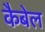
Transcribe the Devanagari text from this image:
कैबेल